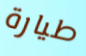
طيارة